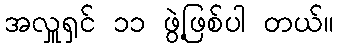
အလှူရှင် ၁၁ ဖွဲ့ဖြစ်ပါ တယ်။